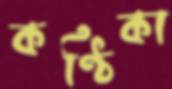
কণ্ঠিকা